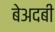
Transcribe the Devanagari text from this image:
बेअदबी